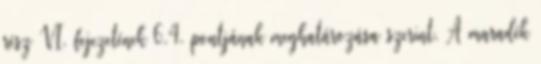
rész VI. fejezetének 6.4. pontjának meghatározása szerint. A maradék